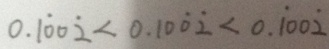
0 . 1 \dot { 0 } 0 \dot { 2 } < 0 . 1 0 \dot { 0 } \dot { 2 } < 0 . \dot { 1 } 0 0 \dot { 2 }